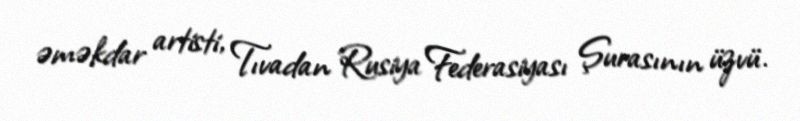
əməkdar artisti, Tıvadan Rusiya Federasiyası Şurasının üzvü.